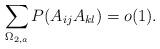
LaTeX: \begin{align*}\sum_{\Omega_{2,a}} P(A_{ij}A_{kl})=o(1).\end{align*}